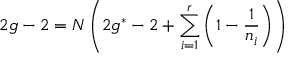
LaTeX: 2 g - 2 = N \left( 2 g ^ { * } - 2 + \sum _ { i = 1 } ^ { r } \left( 1 - \frac { 1 } { n _ { i } } \right) \right)